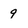
Character: 9